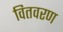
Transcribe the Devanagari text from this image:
वितवरण